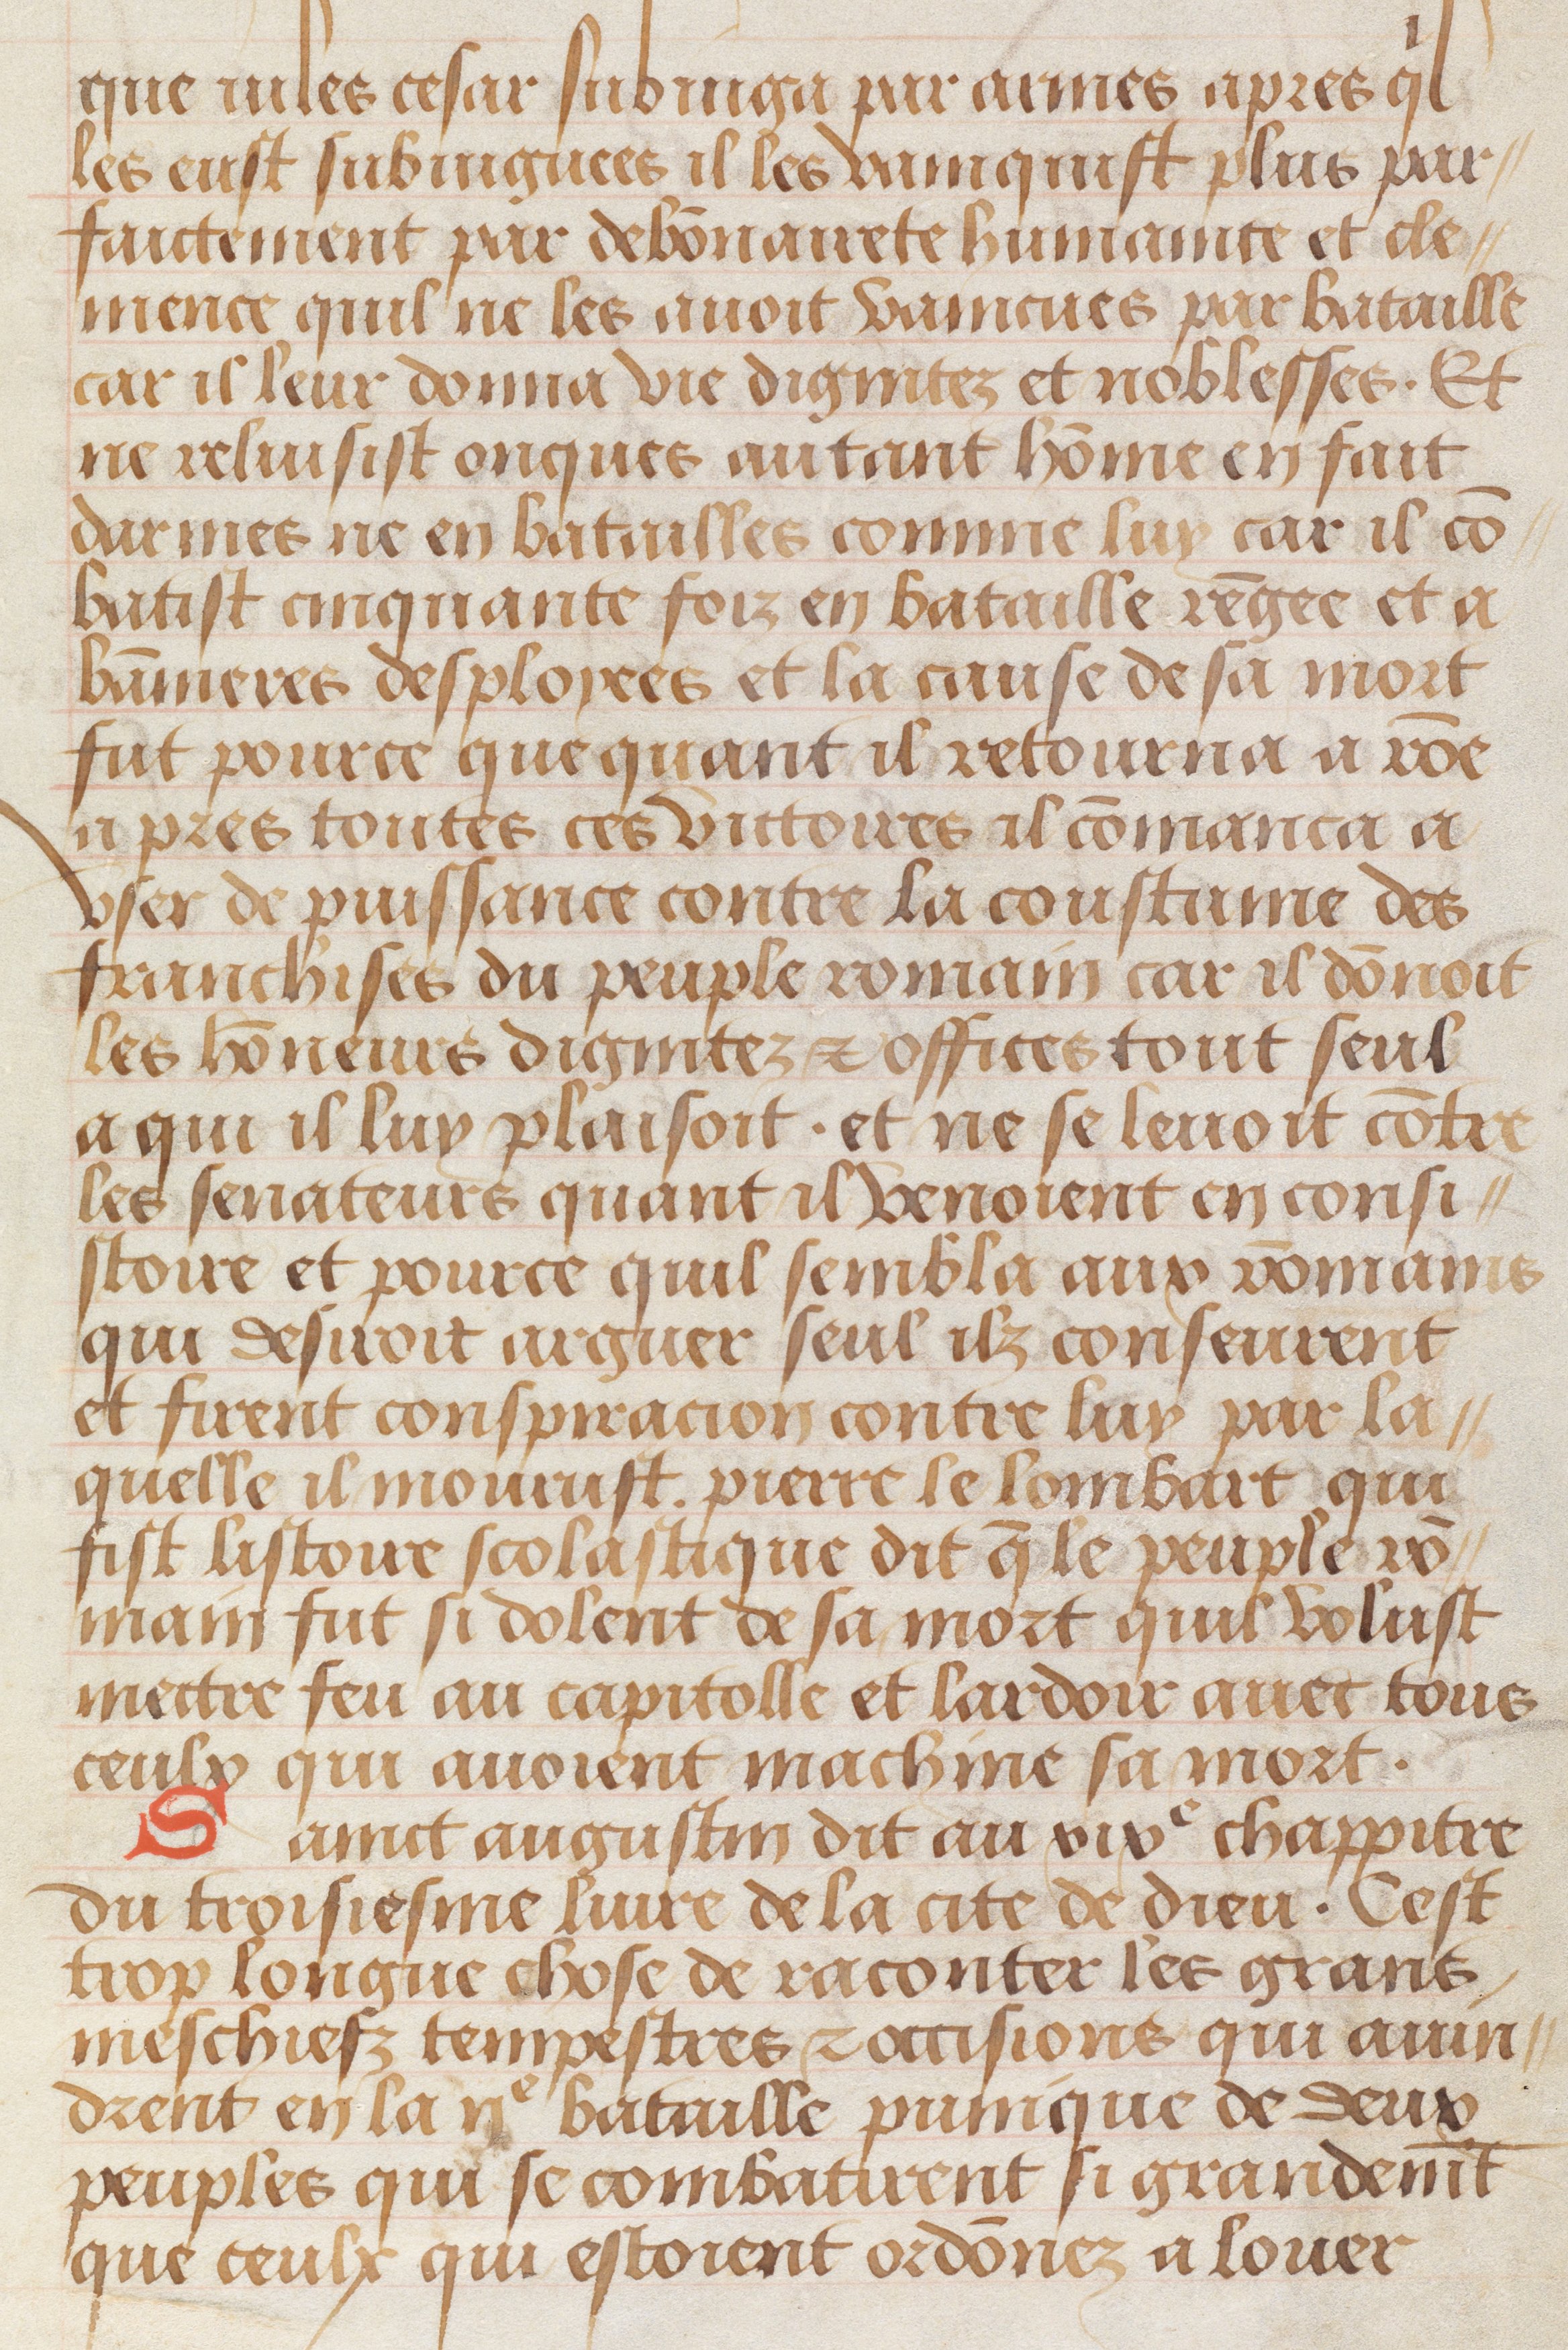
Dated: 1483–1503